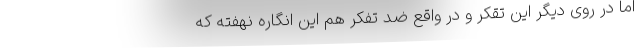
اما در روی دیگر این تقکر و در واقع ضد تفکر هم این انگاره نهفته که